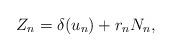
LaTeX: \begin{align*} Z_n = \delta(u_n) + r_n N_n, \end{align*}